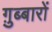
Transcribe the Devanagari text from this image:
ग़ुब्बारों